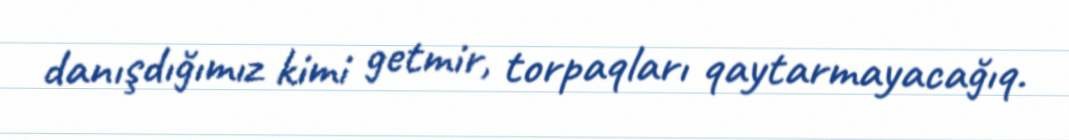
danışdığımız kimi getmir, torpaqları qaytarmayacağıq.